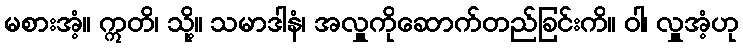
မစားအံ့။ ဣတိ၊ သို့။ သမာဒါနံ၊ အလှူကိုဆောက်တည်ခြင်းကိ။ ဝါ၊ လှူအံ့ဟု